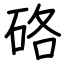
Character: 硌